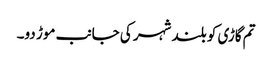
تم گاڑی کو بلند شہر کی جانب موڑ دو۔